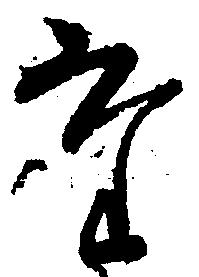
た